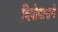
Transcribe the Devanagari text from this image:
दिवोदासने